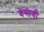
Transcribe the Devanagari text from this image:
वेगावी